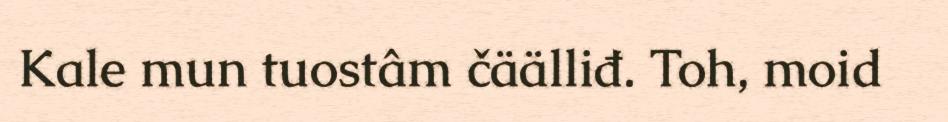
Kale mun tuostâm čäälliđ. Toh, moid